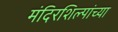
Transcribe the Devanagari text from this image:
मंदिरशिल्पांच्या